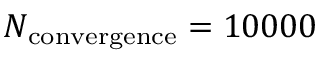
N _ { \mathrm { c o n v e r g e n c e } } = 1 0 0 0 0